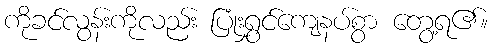
ကိုခင်လွန်းကိုလည်း ပြုံးရွှင်ကျေနပ်စွာ တွေ့ရ၏။